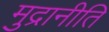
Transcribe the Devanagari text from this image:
मुद्रानीति